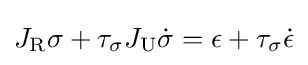
J_{\text{R}}\sigma +\tau _{\sigma }J_{\text{U}}{\dot {\sigma }}=\epsilon +\tau _{\sigma }{\dot {\epsilon }}